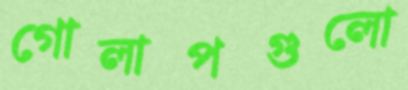
গোলাপগুলো